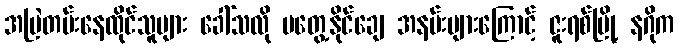
အမြဲတမ်းနေထိုင်သူများ ခေါ်သလို မတွေ့နိုင်ချေ အနမ်းများကြောင့် ဇူးရစ်မြို့ နဂိုက